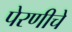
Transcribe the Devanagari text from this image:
पेरणीचे